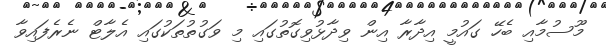
މޫސުމާއި ބެހޭ ގައުމީ އިދާރާ އިން ވިދާޅުވިގޮތުގައި މި ވަގުތުތަކުގައި އެލާޓް ނެރެފައިވާ